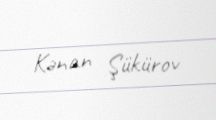
Kənan Şükürov